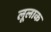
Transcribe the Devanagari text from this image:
लूलाक